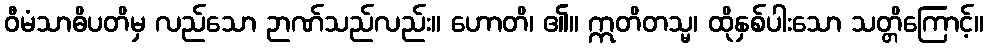
ဝီမံသာဓိပတိမှ လည်သော ဉာဏ်သည်လည်း။ ဟောတိ၊ ၏။ ဣတိတသ္မ၊ ထိုနှစ်ပါးသော သတ္တိကြောင့်။